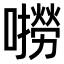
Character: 𫬓